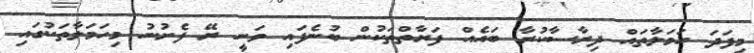
މިފަދަ ހަމަލާތައް ދިރާސާކުރާ ބައެއް ފަރާތްތަކުން ބުނެފައި ވަނީ ރޭ ފެށުނު މިހަމަލާތަކުގައި